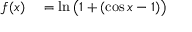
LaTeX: \begin{array} { r l } { f ( x ) } & { { } = \ln { \bigl ( } 1 + ( \cos x - 1 ) { \bigr ) } } \end{array}